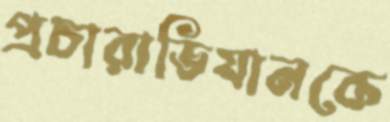
প্রচারাভিযানকে